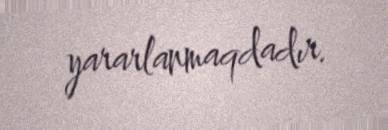
yararlanmaqdadır.